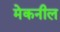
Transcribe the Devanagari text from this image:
मेकनील